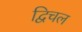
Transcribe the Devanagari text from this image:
द्विचल